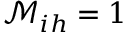
\mathcal { M } _ { i h } = 1